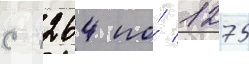
с 1264 по́ 1275